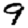
Digit: 9